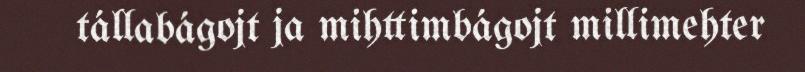
tállabágojt ja mihttimbágojt millimehter